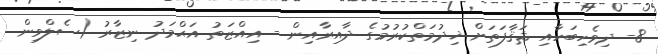
8- ދިވެހިބަހާއި ޘަޤާފަތަށް ޚިދުމަތްކުރުމުގެ ދާއިރާއިން - އިއްޒަތު އަޙްމަދު ނިޒާރު (ސެލްވިން